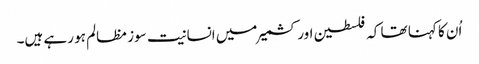
اُن کا کہنا تھا کہ فلسطین اور کشمیر میں انسانیت سوز مظالم ہو رہے ہیں۔